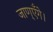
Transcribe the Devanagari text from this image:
जाण्‌एँगे।